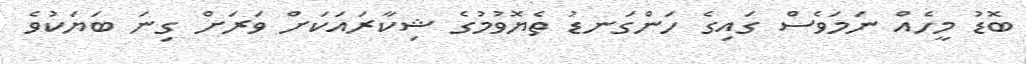
ބޮޑު މީހެއް ނަމަވެސް ގައިގެ ހަންގަނޑު ތެޔޮވުމުގެ ޝިކާރައަކަށް ވަރަށް ގިނަ ބަޔަކުވެ